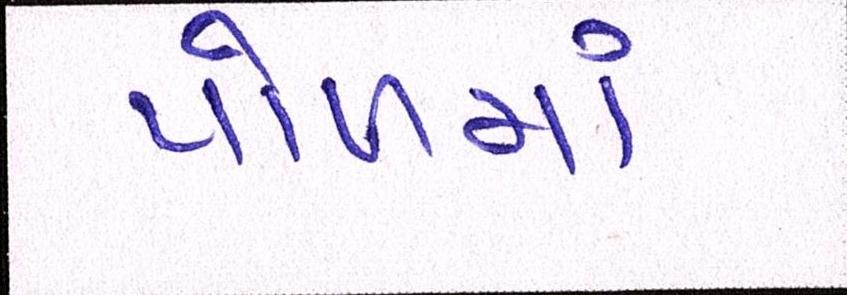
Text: પોળમાં